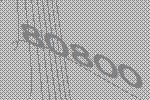
80800